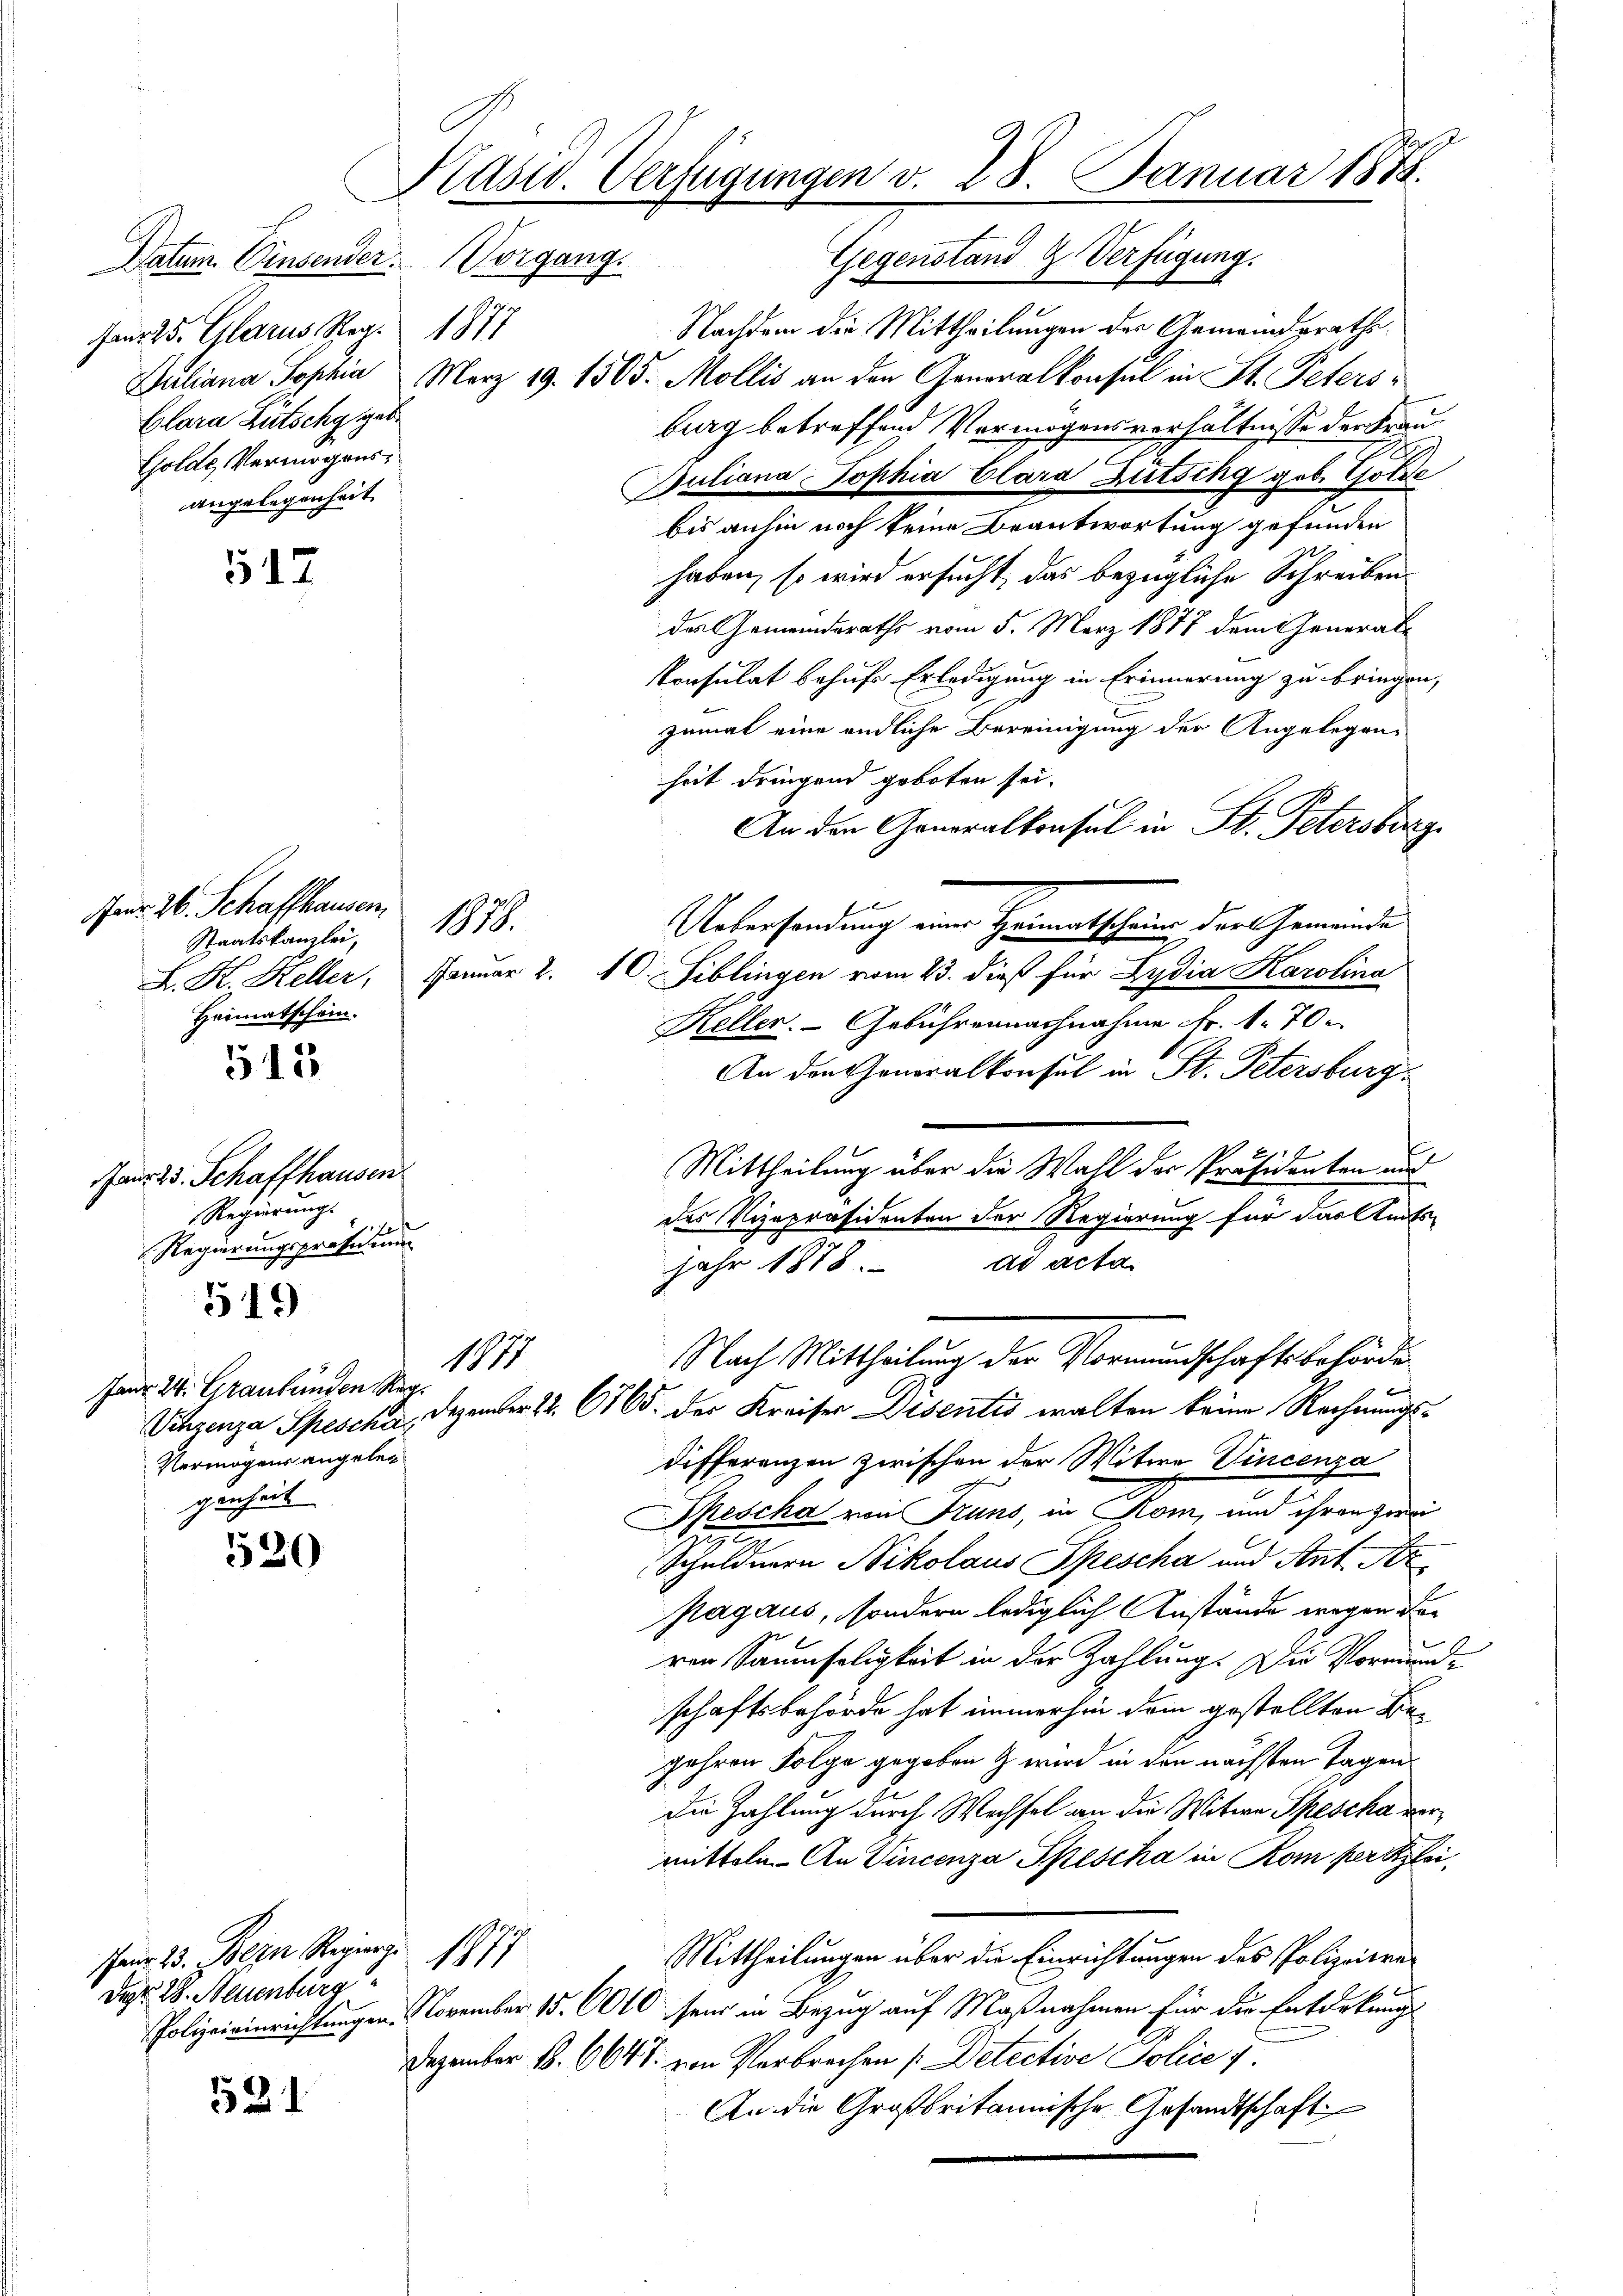
Fanr 25. Glarus, Reg. 1877
Clara Lütschg geb.
Golde, Vermögensangelegenheit.

Jan 23. Schaffhausen
Regierŭng.
1
Regierungspräsidium
519

112

515

Janr. 24. Graubünden Reg
Vermögens angeleg
genheit

520

1531

Kasid. Verfügungen v. 28. Januar 1874.
Gegenstand & Verfügung.
Datum. Einsender. Vorgang.

1.

err. 26. Schaffhausen,
Staatskanzlei,
Heimatschein.

1871

Pen 23. Bern Regier
Dar. 28. Neuenburg

119.

Nachdem die Mittheilungen der Gemeindsraths¬
Juliana Sopha März 19. 1503. Mollis an den Generalkonsul in St. Petersburg betreffend Vermögensverhältnisse der Frau¬
Buliana Sophia Clara Bütschg geb. Golde
bis anhin noch keine Beantwortung gefunden
haben, so wird ersucht, das bezügliche Schreiben
das Gemeindsraths vom 5. März 1877 dem General-
Konsulat behufs Erledigung in Erinnerung zu bringen,
zumal eine endliche Bereinigung der Angelegen-
heit dringend geboten sei.
An den Generalkonsul in St. Petersburg
Uebersendung eine Hementscheine der Gemeinde
L. K. Heller, Januar 2. 10. Siblingen vom 23. dieß für Lydia Karolina
Keller. - Gebührennachnahme Fr. 1. 70.
An den Honoralkonsul in St. Petersburg
Mittheilung über die Wahl der Präsidenten und
des Vizepräsidenten der Regierung für das Amts-
Jahr 1878. ad acta.

Nach Mittheilung der Vormundschaftsbehörde
Vinzenza Spesche. Dezember 22. 6765. der Kreiser Disentis walten kein Rechnungs¬

differenzen zwischen der Witwe Vincenza
Spescha von Truns, in Rom, und ihren zwei
2
Schuldnern Nikolaus Spescha und Ant. Ar
pagaus, sondern lediglich Anstände wegen der
ven Saumseligkeit in der Zahlung. Die Vormund-
schaftsbehörde hat immerhin dem gestellten Bejahren Folge gegeben & wird in den nächsten Tagen.
die Zahlung durch Wechsel an die Witwe Spescha vermitteln. An Vincenza Spescha in Rom per Klei
Mittheilungen über die Einrichtungen des Polizeitra-
Polizeirinrichtungen. November 15. 600 sein in Bezug auf Maßnahmen für die Entdekungs
Dezember B. 6648. von Verbrechen Detective Policey
An die Großbritannische Gesandtschaft